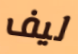
ليف